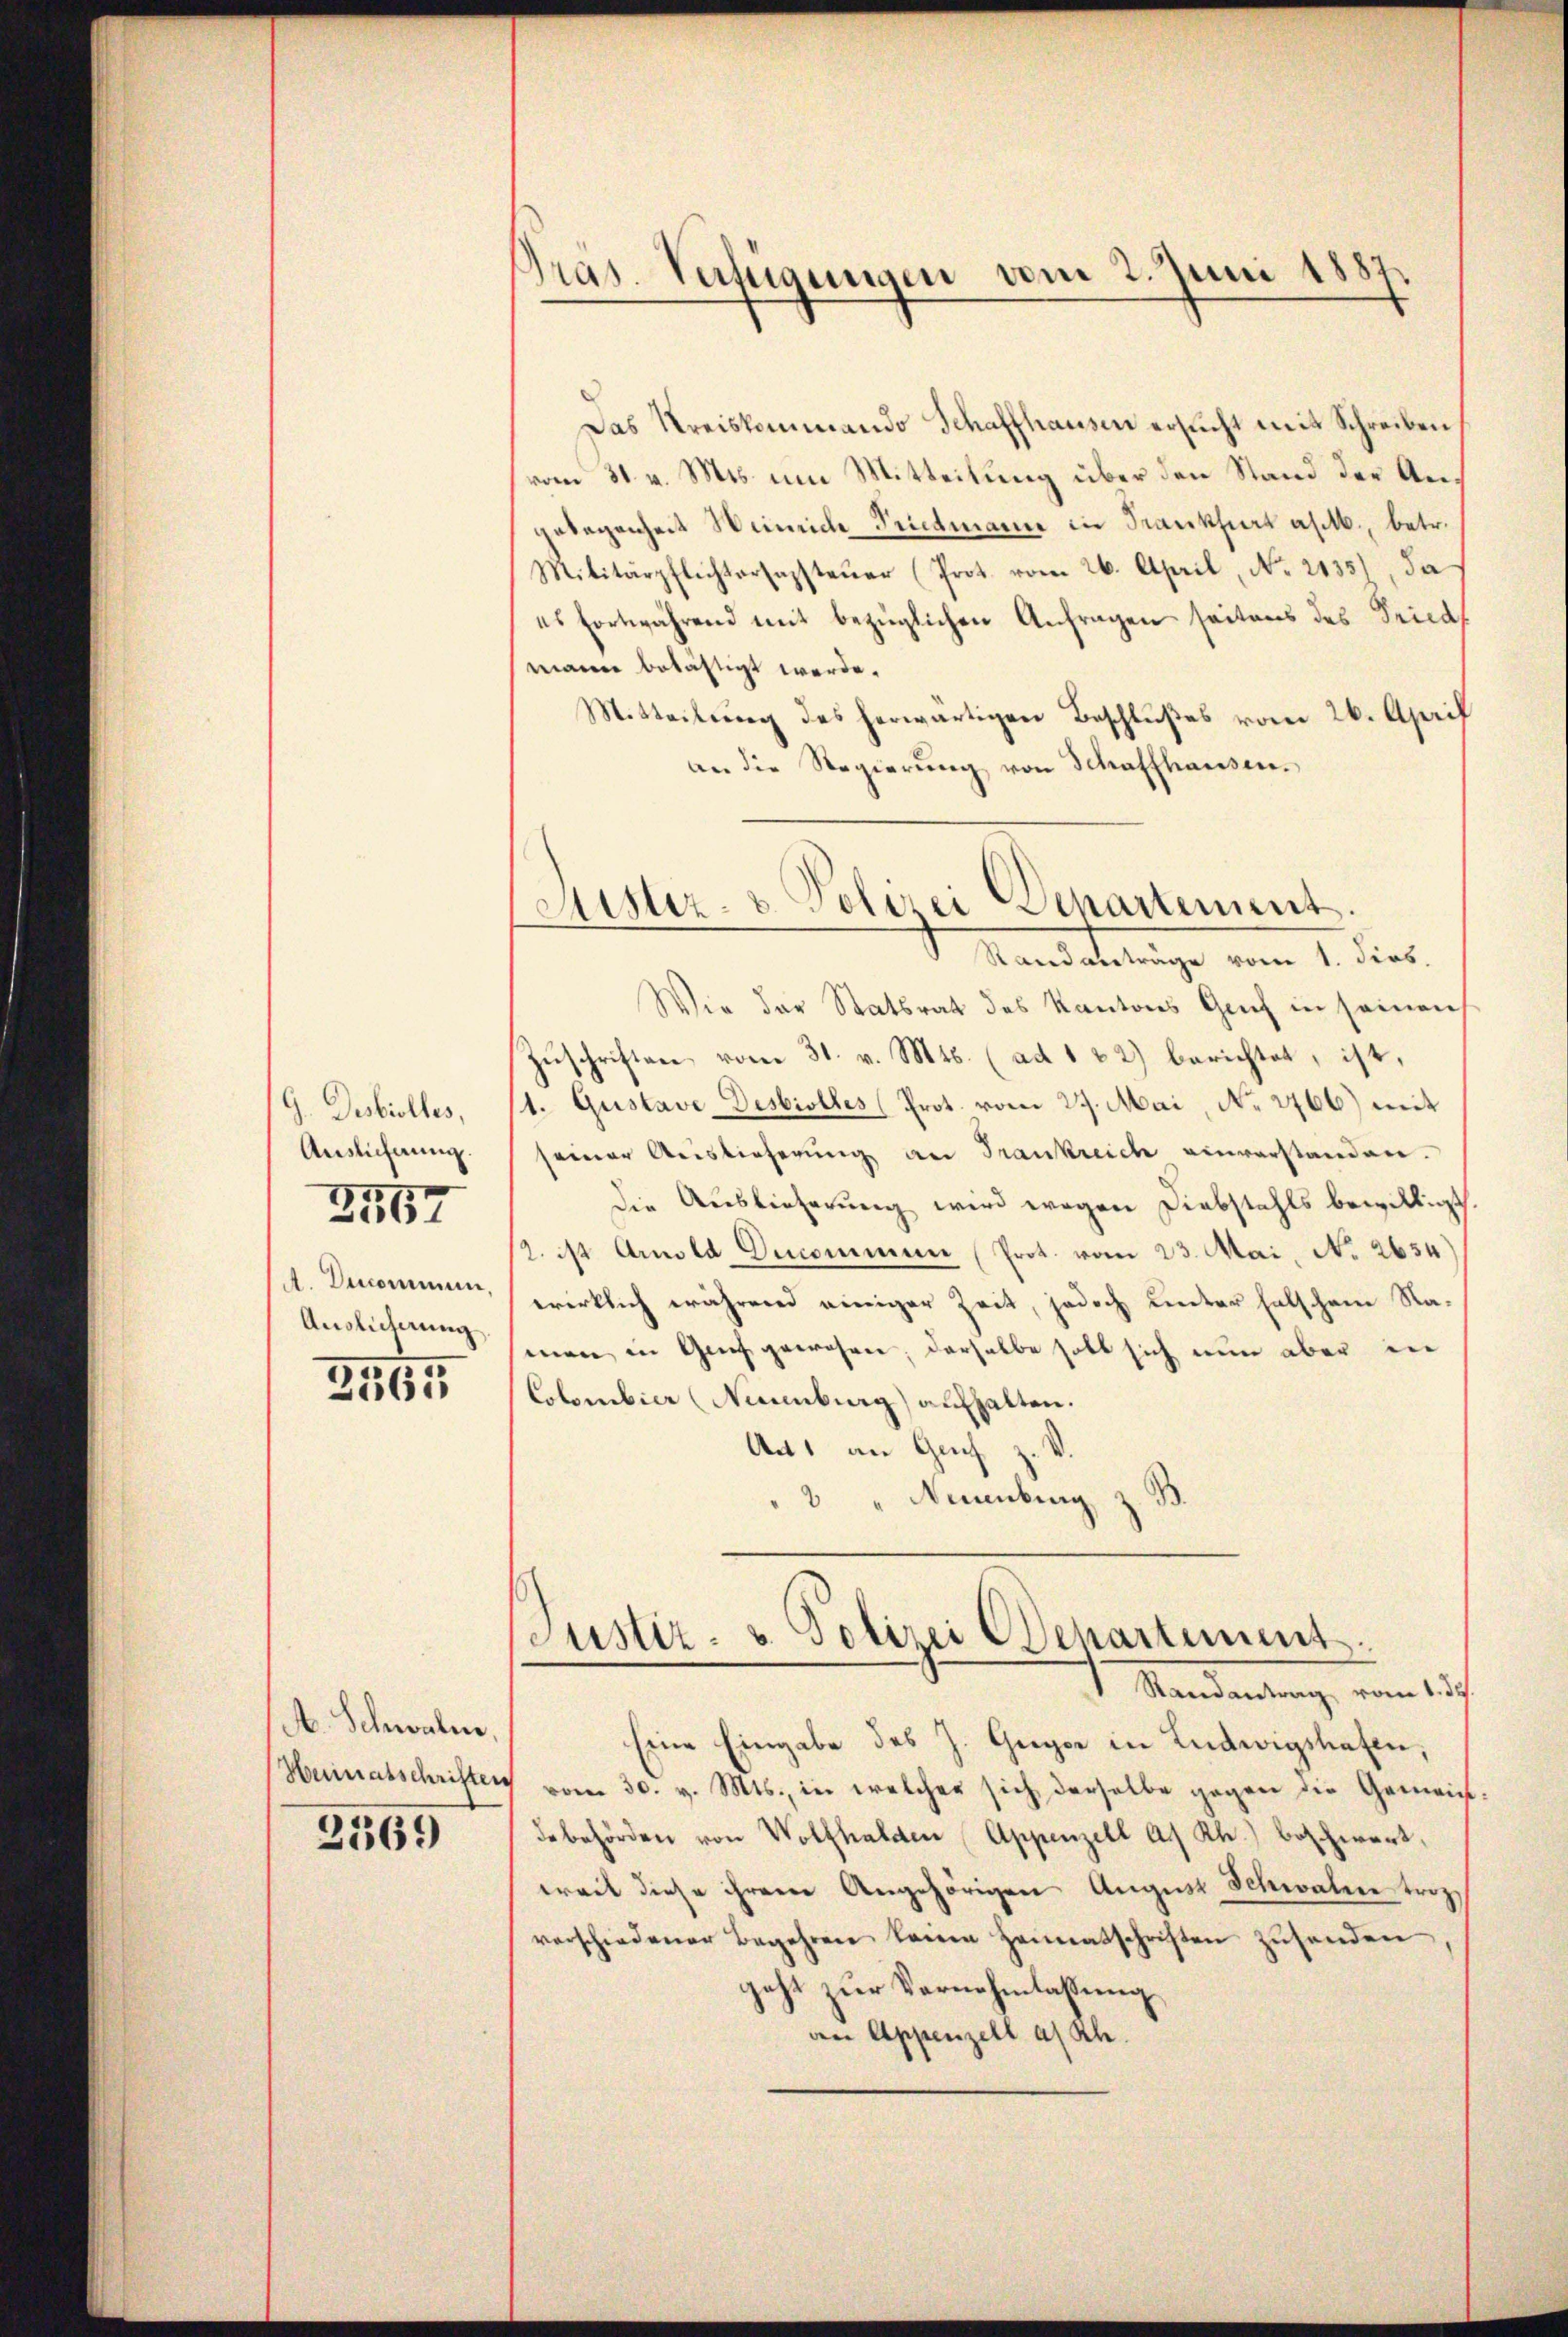
G. Desbiolles,
Auslicherung.
A. Decommen.
Auslicherung

2157

2555

A. Schwalm,
2569

Gras. Verfügungen vom 2. Juni 1887

Das Kreiskommando Schaffhausen ersucht mit Schreiben
vom 31. v. Mts. um Mitteilung über den Stand der Angelegenheit Weinrich Seitmann in Frankfurt ass., betr.
Militärpflichtersagsteuer (Prot. vom 26. April, No. 2135), da
es fortwährend mit bezüglichen Anfragen seitens des Tricas
mann belästigt werde.
Mitteilŭng des herwärtigen Beschlußes vom 26. April
an die Regierŭng von Schaffhausen.
Randabträge vom 1. dies
Wie der Statsrat des Kantons Genf in seinen
Zŭschriften vom 31. v. Mts. (ad 122) berichtet, ist,
1. Gustave Desbiolles (Prot. vom 29. Mai, No 2766) mit
seiner Auslieferung an Frankreich einverstanden.
die Auslieferung wird wegen Diebstahls bewilligt
2. ist Amold Decommen (Prot. vom 23. Mai, No 2634)
wirklich während einiger Zeit, jedoch unter halschem Na-
men in Genf gewesen; derselbe habt sich nun aber in
Colombier (Neuenburg) aufhalten.
An1 an Guh
2 " Neuenburg z. B.

Sistiz- u. Polizei Departement

Justiz- u. Polizei Departement
1. Mandantung vom Auf

Eine Eingabe des J. Guger in Ludwigshafen,
Heimatschriften vom 30. v. Mts., in welcher sich derselbe gegen die Gemeindebehörden von Wolfhalden (Appenzell a. Rh.) beschwert,
weit diese ihrem Angehörigen August Schwalen trag
verschiedener Begehren kann Heimatschriften zŭsenden
jetzt zŭr Vernehmlassung
an Appenzell a/Rh.